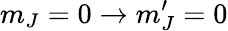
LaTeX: m_{J}=0\to m_{J}^{\prime}=0